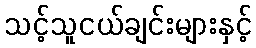
သင့်သူငယ်ချင်းများနှင့်